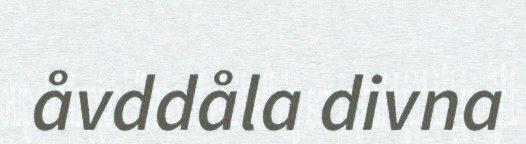
åvddåla divna